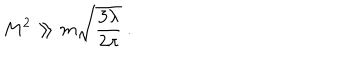
M ^ { 2 } \gg m \sqrt { \frac { 3 \lambda } { 2 \pi } } \ .